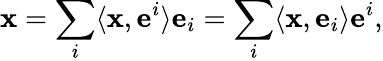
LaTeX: \mathbf{x}=\sum_{i}\langle\mathbf{x},\mathbf{e}^{i}\rangle\mathbf{e}_{i}=\sum_{i}\langle\mathbf{x},\mathbf{e}_{i}\rangle\mathbf{e}^{i},